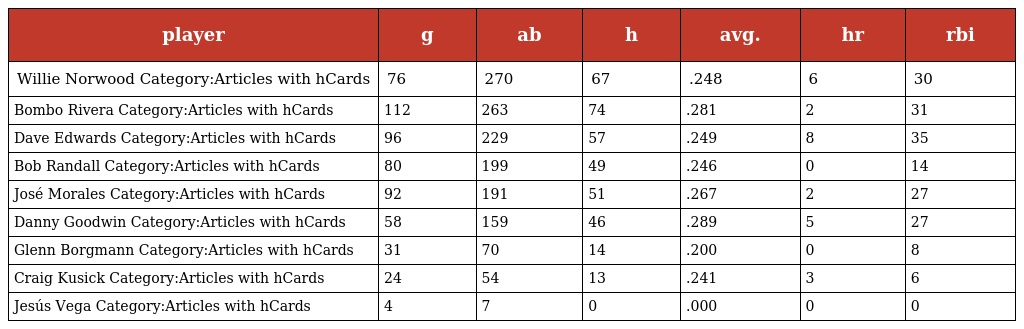
| player | g | ab | h | avg. | hr | rbi |
 | --- | --- | --- | --- | --- | --- | --- |
 | Willie Norwood Category:Articles with hCards | 76 | 270 | 67 | .248 | 6 | 30 |
 | Bombo Rivera Category:Articles with hCards | 112 | 263 | 74 | .281 | 2 | 31 |
 | Dave Edwards Category:Articles with hCards | 96 | 229 | 57 | .249 | 8 | 35 |
 | Bob Randall Category:Articles with hCards | 80 | 199 | 49 | .246 | 0 | 14 |
 | José Morales Category:Articles with hCards | 92 | 191 | 51 | .267 | 2 | 27 |
 | Danny Goodwin Category:Articles with hCards | 58 | 159 | 46 | .289 | 5 | 27 |
 | Glenn Borgmann Category:Articles with hCards | 31 | 70 | 14 | .200 | 0 | 8 |
 | Craig Kusick Category:Articles with hCards | 24 | 54 | 13 | .241 | 3 | 6 |
 | Jesús Vega Category:Articles with hCards | 4 | 7 | 0 | .000 | 0 | 0 |